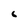
Character: 6